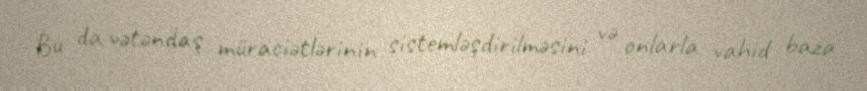
Bu da vətəndaş müraciətlərinin sistemləşdirilməsini və onlarla vahid baza